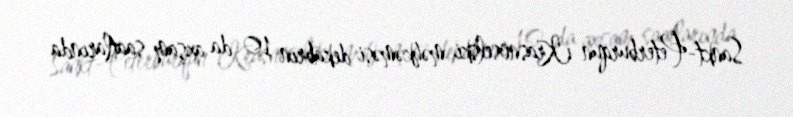
Sankt-Peterburqun Krasnoselski məhkəməsi dekabrın 10-da axşam saatlarında